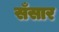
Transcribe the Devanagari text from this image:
सँसार